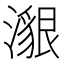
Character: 𤀊